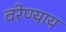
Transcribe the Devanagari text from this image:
वरेण्याय